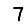
Digit: 7